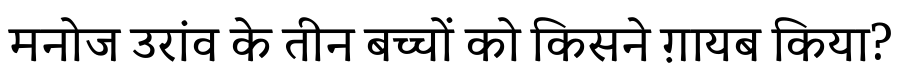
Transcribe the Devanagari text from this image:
मनोज उरांव के तीन बच्चों को किसने ग़ायब किया?